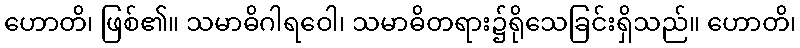
ဟောတိ၊ ဖြစ်၏။ သမာဓိဂါရဝေါ၊ သမာဓိတရား၌ရိုသေခြင်းရှိသည်။ ဟောတိ၊